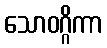
သောဝဂ္ဂိကာ